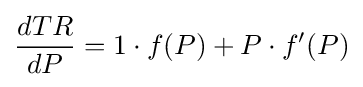
{\frac {dTR}{dP}}=1\cdot f(P)+P\cdot f'(P)